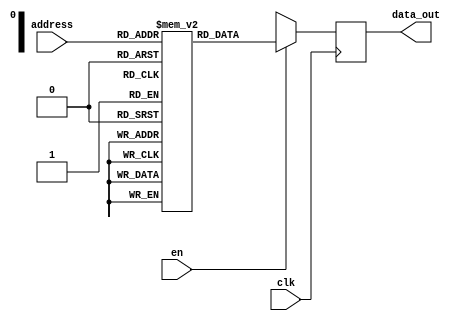
module rom(input en,clk,input[2:0]address,output reg[7:0]data_out);
reg [7:0] store[6:0];
//reg [2:0] mem[7:0];
initial begin
store[0]=8'd10;
store[1]=8'd13;
store[2]=8'd40;
store[3]=8'd50;
store[4]=8'd20;
store[5]=8'd100;
store[6]=8'd130;
end
always@(posedge clk)
begin
if(en)
data_out<=store[address];
else
data_out<= 8'bx;
end
endmodule


module tb;
reg en,clk;
reg[2:0] address;
wire[7:0] data_out;

always #2 clk=~clk;
rom a1(en,clk,address,data_out);

initial begin
$monitor("adress=%b  data_out=%d",address,data_out);
clk=1;
en=0; address=3'd3; #4;
en=1; address=3'd4; #4;
en=1; address=3'd5; #4;
en=1; address=3'd6; #4;
en=1; address=3'd1; #4;
en=1; address=3'd2; #4;
en=0;#8;
en=1; address=3'd5; #4;
en=1; address=3'd6; #4;
en=1; address=3'd1; #4;
en=1; address=3'd3; #4;
#100 $finish;

end
endmodule